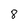
Character: 8